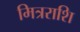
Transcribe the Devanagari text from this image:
मित्रराशि